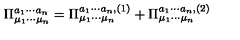
\Pi _ { \mu _ { 1 } \cdots \mu _ { n } } ^ { a _ { 1 } \cdots a _ { n } } = \Pi _ { \mu _ { 1 } \cdots \mu _ { n } } ^ { a _ { 1 } \cdots a _ { n } , ( 1 ) } + \Pi _ { \mu _ { 1 } \cdots \mu _ { n } } ^ { a _ { 1 } \cdots a _ { n } , ( 2 ) }